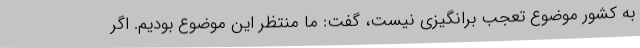
به کشور موضوع تعجب برانگیزی نیست، گفت: ما منتظر این موضوع بودیم. اگر